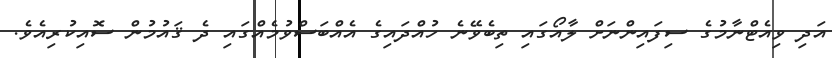
އަދި ވިއެޓްނާމުގެ ސިފައިންނަށް ލާއޯގައި ތިބެވޭނެ ހުއްދައިގެ އެއްބަސްވުމެއްގައި ދެ ޤައުމުން ސޮއިކުރިއެވެ.